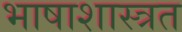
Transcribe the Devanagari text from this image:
भाषाशास्त्रत